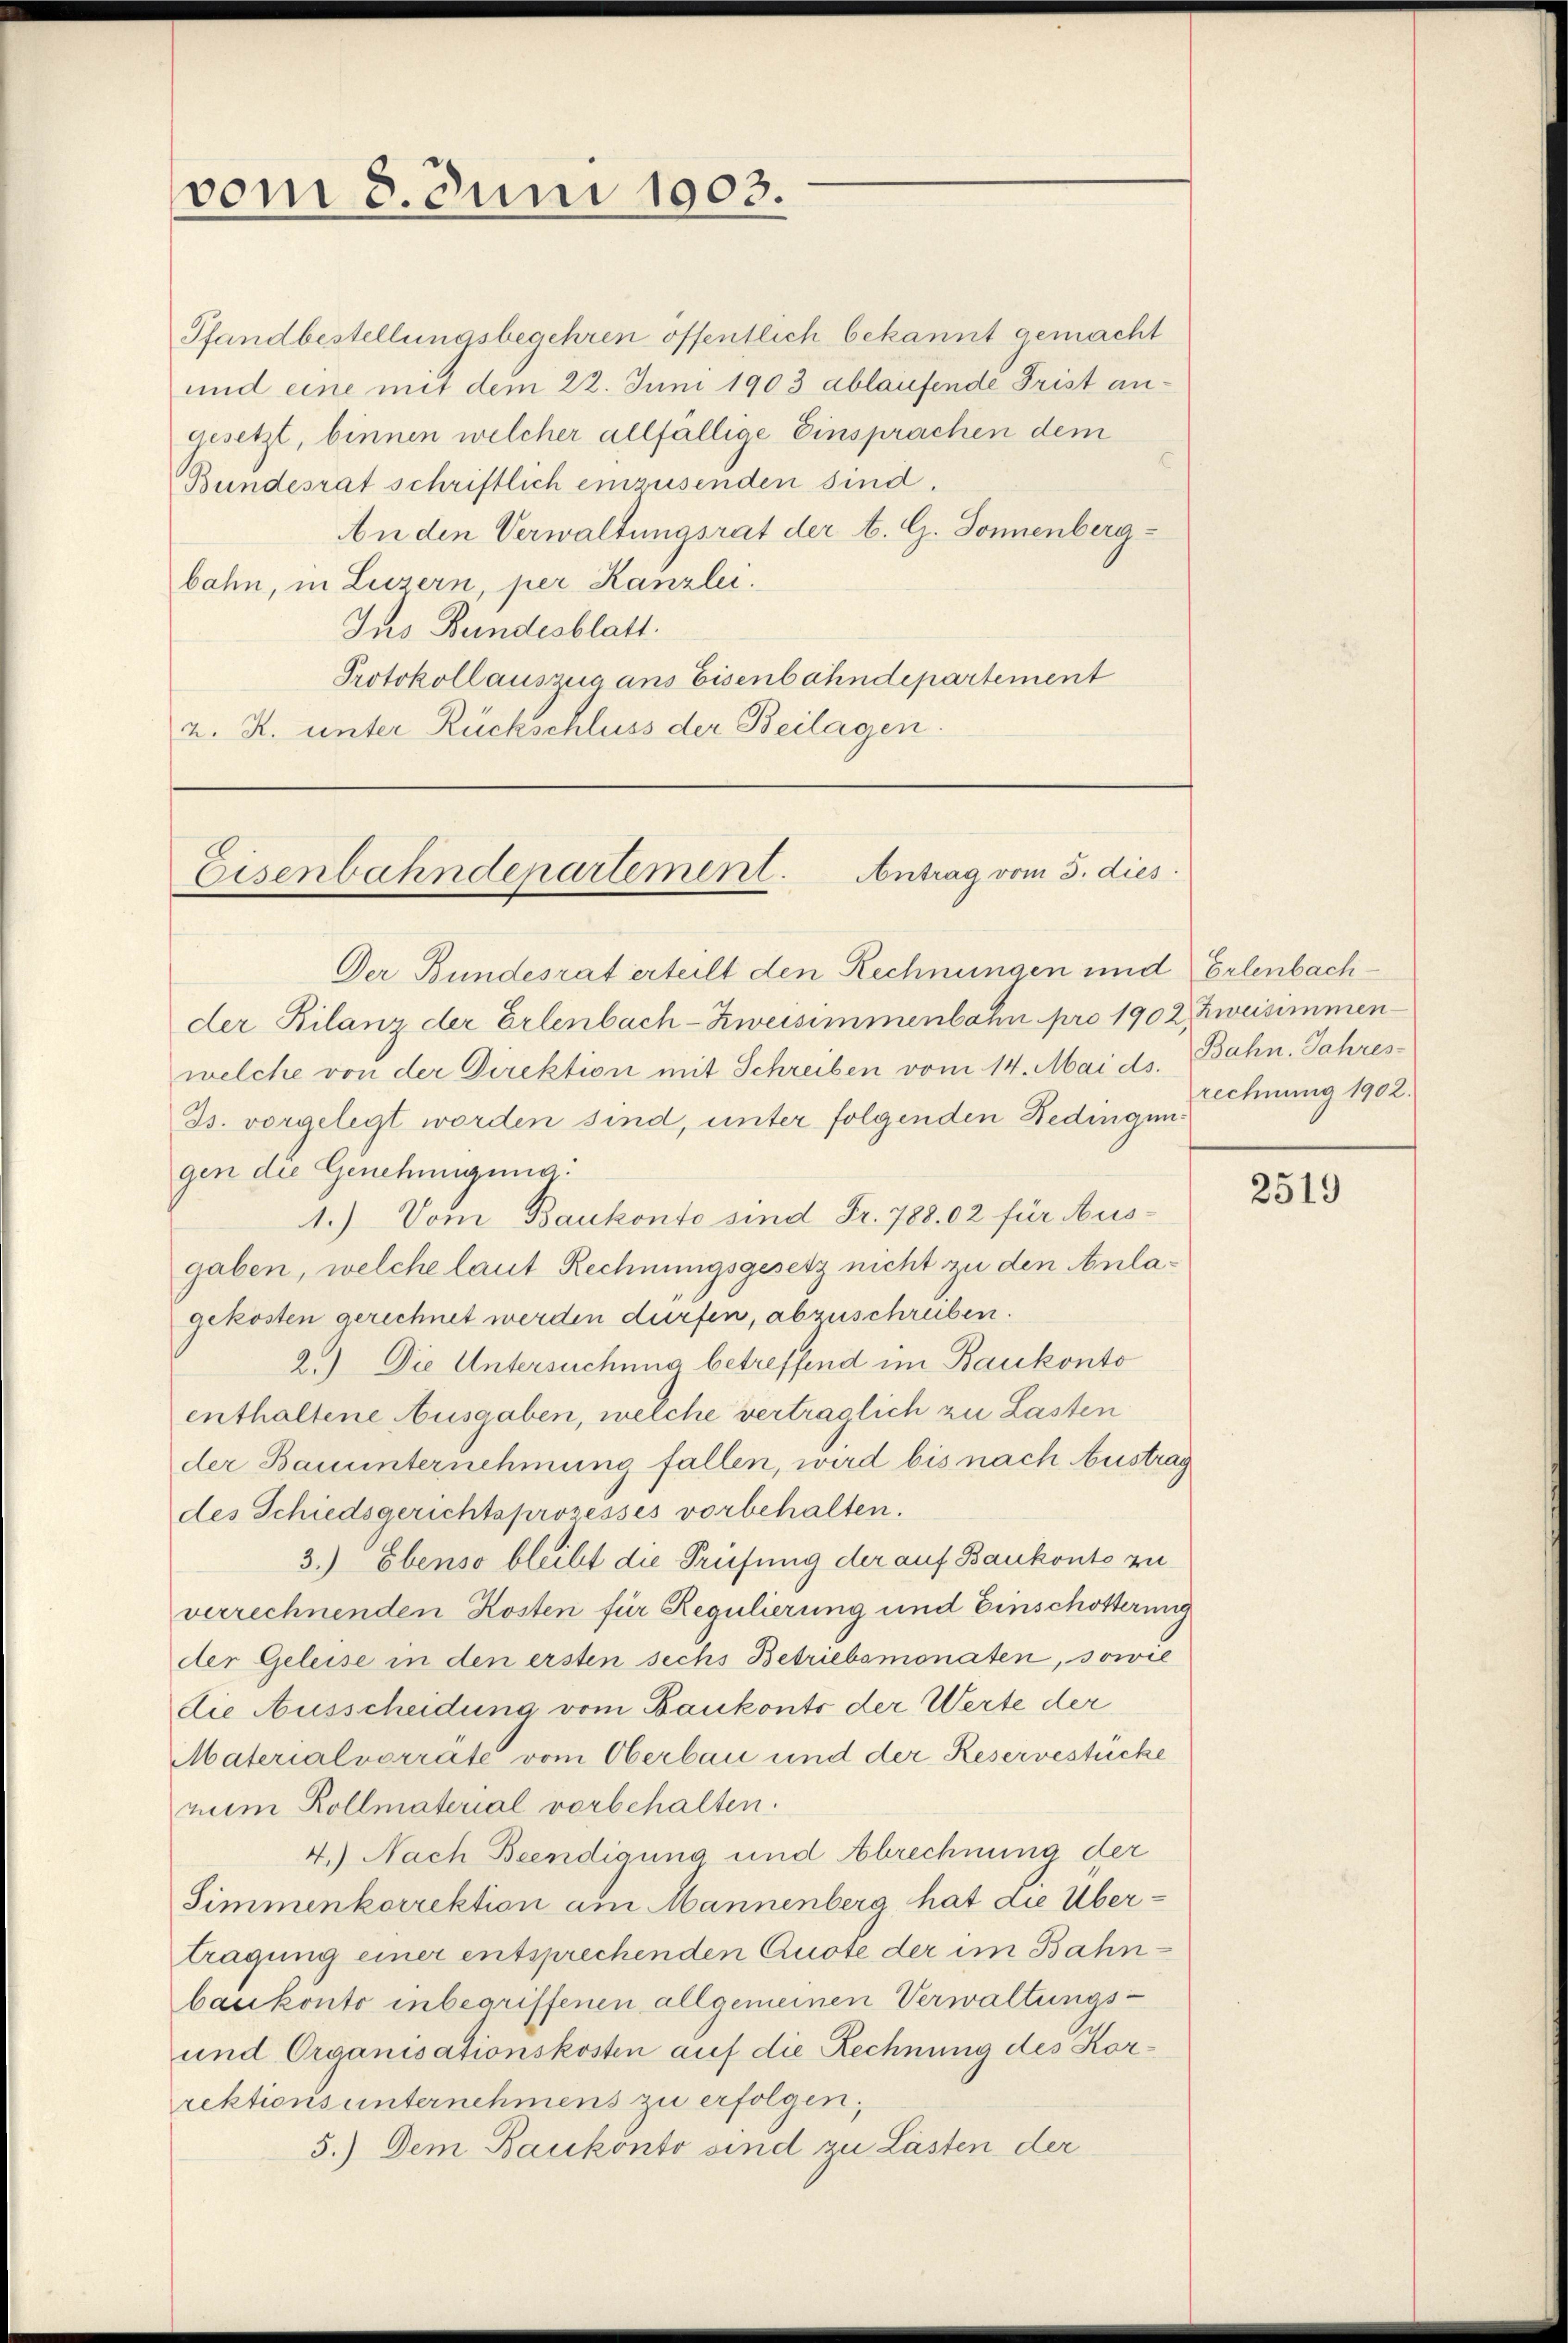
vom 8. Juni 1903.

Pfandbestellungsbegehren öffentlich bekannt gemacht
und eine mit dem 22. Juni 1903 ablaufende Frist angesetzt, binnen welcher allfällige Einsprachen dem
Bundesrat schriftlich einzusenden sind.
An den Verwaltungsrat der B. G. Donnenberg-
bahn, in Luzern, per Kanzlei.
Ins Bundesblatt.
Protokoll auszug ans Eisenbahndepartement
2. R. unter Rückschluss der Beilagen.

Antrag vom 3. dies
Eisenbahndepartement.

Der Bundesrat erteilt den Rechnungen und Erlenbachder Bilanz der Erlenbach-Zweisimmenbahn pro 1902, Zweisimmen
welche von der Direktion mit Schreiben vom 14. Mai ds.
Js. vorgelegt worden sind, unter folgenden Bedingungen die Genehmigung.
1.) Vom Baukonto sind Fr. 788. 62 für Ausgaben, welche laut Rechnungsgesetz nicht zu den Anlagekosten gerechnet werden dürfen, abzuschreiben.
2.) Die Untersuchung betreffend im Baukonto
enthaltene Ausgaben, welche vertraglich zu Lasten
der Bauunternehmung fallen, wird bis nach Austrag
des Schiedsgerichtsprozesses vorbehalten.
3.) Ebenso bleibt die Prüfung der auf Bankonte zu
verrechnenden Kosten für Regulierung und Einschotterung
der Geleise in den ersten sechs Betriebsmonaten, sowie
die Ausscheidung vom Bankonts der Werte der
Materialvorräte vom Oberbau und der Reservestücke
num Kollmaterial vorbehalten.
4.) Nach Beendigung und Abrechnung der
Simmenkorrektion am Mannenberg hat die Übertragung einer entsprechenden Quote der im Bahnbaukonto inbegriffenen allgemeinen Verwaltungs¬
und Organisationskosten auf die Rechnung des Korrektions unternehmens zu erfolgen,
5.) Dem Baukonto sind zu Lasten der

Bahn. Jahres-
rechnung 1902.

2519